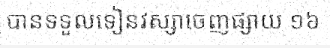
បានទទួលទៀនវស្សាចេញផ្សាយ ១៦